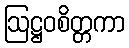
ဩဋ္ဌဝစိတ္တကာ